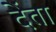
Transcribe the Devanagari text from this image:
देंता